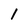
Character: l